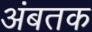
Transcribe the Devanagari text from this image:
अंबतक